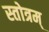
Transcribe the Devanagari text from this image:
स्तोत्रम्